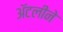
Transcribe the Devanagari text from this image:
अॅटलीने